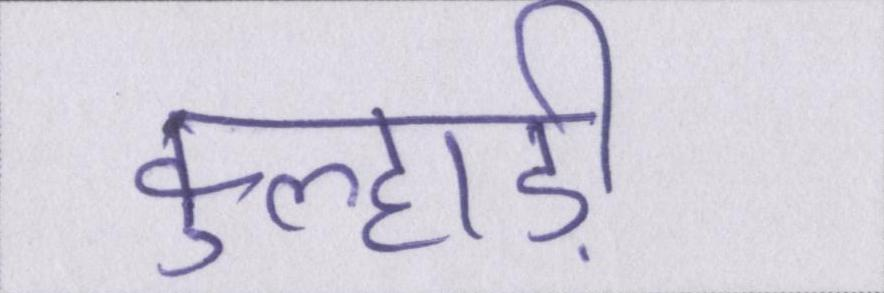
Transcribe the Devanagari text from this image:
कुल्हाड़ी